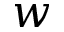
w